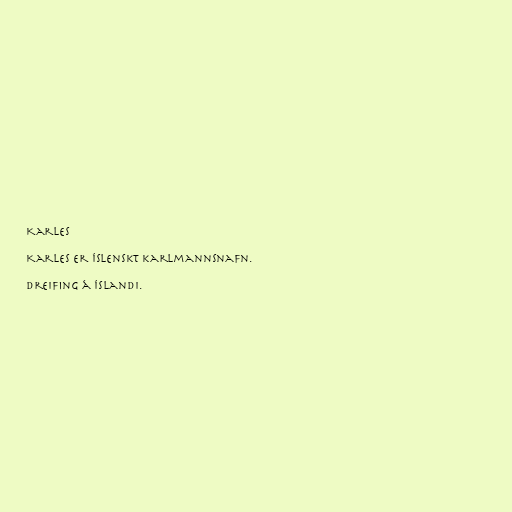
Karles

Karles er íslenskt karlmannsnafn.

Dreifing á Íslandi.